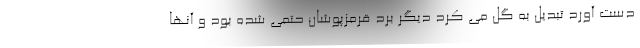
دست آورد تبدیل به گل می ‌کرد دیگر برد قرمزپوشان حتمی شده بود و آنها